Annual report of the Punjab Veterinary College and of the Civil Veterinary Department, Punjab - 1926-1932
Year: 1926
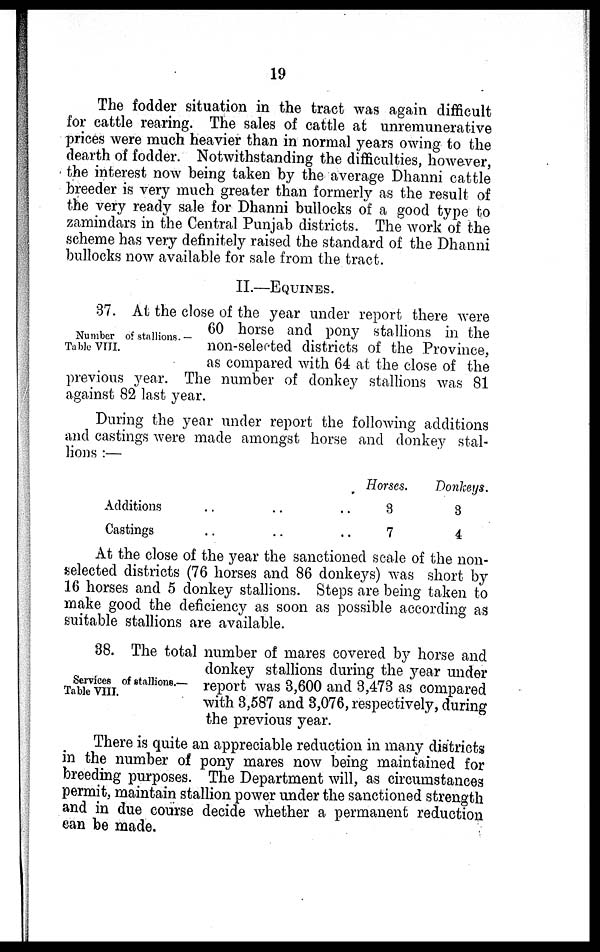
19
The fodder situation in the tract was again difficult
for cattle rearing. The sales of cattle at unremunerative
prices were much heavier than in normal years owing to the
dearth of fodder. Notwithstanding the difficulties, however,
the interest now being taken by the average Dhanni cattle
breeder is very much greater than formerly as the result of
the very ready sale for Dhanni bullocks of a good type to
zamindars in the Central Punjab districts. The work of the
scheme has very definitely raised the standard of the Dhanni
bullocks now available for sale from the tract.
II.—EQUINES.
Number of stallions. —
Table VIII.
37. At the close of the year under report there were
60 horse and pony stallions in the
non-selected districts of the Province,
as compared with 64 at the close of the
previous year. The number of donkey stallions was 81
against 82 last year.
During the year under report the following additions
and castings were made amongst horse and donkey stal-
lions :—
Additions .. .. ..
Castings .. .. ..
Horses.
3
7
Donkeys.
3
4
At the close of the year the sanctioned scale of the non-
selected districts (76 horses and 86 donkeys) was short by
16 horses and 5 donkey stallions. Steps are being taken to
make good the deficiency as soon as possible according as
suitable stallions are available.
Services of stallions.—
Table VIII.
38. The total number of mares covered by horse and
donkey stallions during the year under
report was 3,600 and 3,473 as compared
with 3,587 and 3,076, respectively, during
the previous year.
There is quite an appreciable reduction in many districts
in the number of pony mares now being maintained for
breeding purposes. The Department will, as circumstances
permit, maintain stallion power under the sanctioned strength
and in due course decide whether a permanent reduction
can be made.